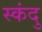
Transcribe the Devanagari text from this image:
स्कंदु